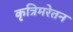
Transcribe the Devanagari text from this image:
कृत्रिमरेतन